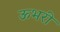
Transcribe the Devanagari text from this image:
ऊभरी